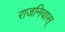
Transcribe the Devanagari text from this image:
राजनिवास्